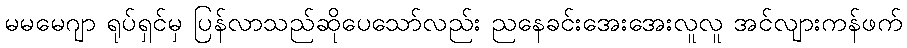
မမမေဂျာ ရုပ်ရှင်မှ ပြန်လာသည်ဆိုပေသော်လည်း ညနေခင်းအေးအေးလူလူ အင်လျားကန်ဖက်